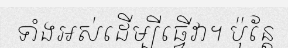
ទាំងអស់ដើម្បីធ្វើវា។ ប៉ុន្តែ